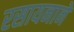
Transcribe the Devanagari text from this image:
रसायनाने